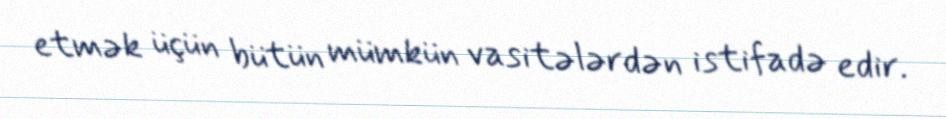
etmək üçün bütün mümkün vasitələrdən istifadə edir.